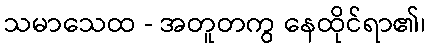
သမာသေထ - အတူတကွ နေထိုင်ရာ၏၊